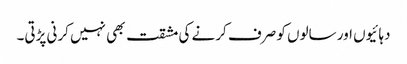
دہائیوں اور سالوں کو صرف کرنے کی مشقت بھی نہیں کرنی پڑتی۔